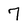
Character: 7